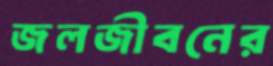
জলজীবনের